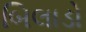
બિલાડો